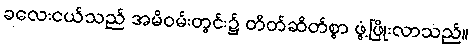
ခလေးငယ်သည် အမိဝမ်းတွင်း၌ တိတ်ဆိတ်စွာ ဖွံ့ဖြိုးလာသည်။